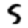
Digit: 5